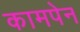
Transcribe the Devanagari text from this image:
कामपेन